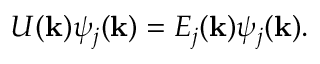
U ( { \bf k } ) \psi _ { j } ( { \bf k } ) = E _ { j } ( { \bf k } ) \psi _ { j } ( { \bf k } ) .